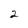
Character: 2